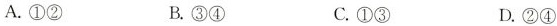
A.①② B.③④ C.①③ D.②④